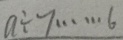
a \div 7 \cdots 6